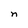
Character: n